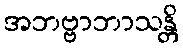
အဘဗ္ဗာဘာသန္တိ